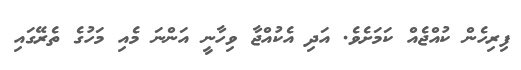
ފިރިހެން ކުއްޖެއް ކަމަށެވެ. އަދި އެކުއްޖާ ވިހާނީ އަންނަ މެއި މަހުގެ ތެރޭގައި